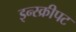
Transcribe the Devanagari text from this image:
इन्स्क्रीपट